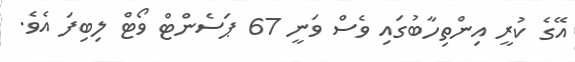
އޭގެ ކުރީ އިންތިހާބުގައި ވެސް ވަނީ 67 ޕަސެންޓް ވޯޓް ލިބިފަ އެވެ.